Statistical return of the lunatic asylum in Assam - 1912-1932
Year: 1912
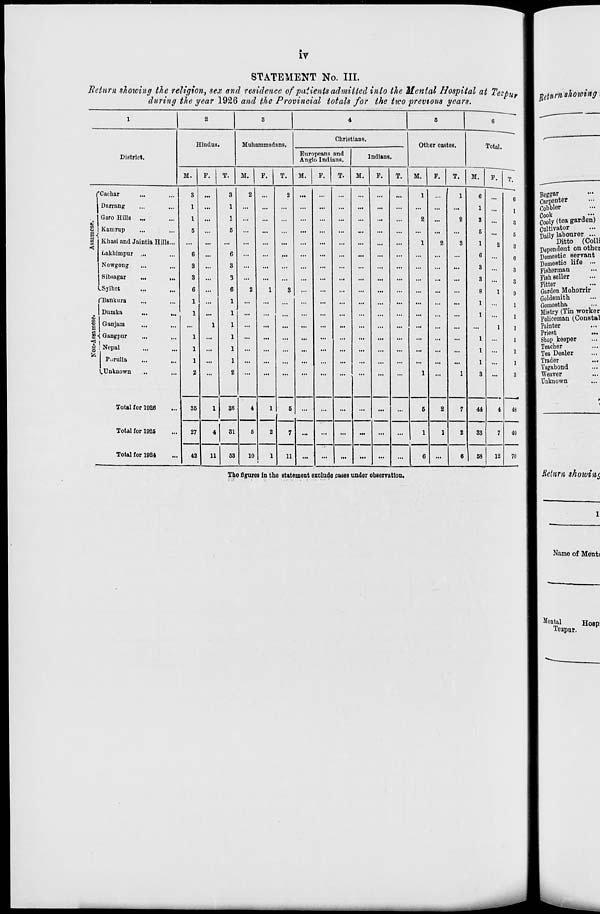
iv
STATEMENT No. III.
Return showing the religion, sex and residence of patients admitted into the Mental Hospital at ?ezpu s
during the year 1926 and the Provincial totals for the tico previous years.
0 U r% showing
1
2
3
4
;
5
e
Y~~"
Christians.
■ '—
Hindus.
Muhammadans.
Other castes.
Total.
T.
\
District.
Europeans and
Anglo Indians.
Indians
M.
F.
T.
M.
P.
T.
M.
P.
T.
M.
P.
T.
M.
F.
T.
M.
F.
■ ■•—*—
fCaehar
3
.,
3
2
2
1
1
6
I Beggar
1
6
II Carpenter
1 Darrang
1
1
...
...
...
...
...
...
...
...
...
...
...
1
El Cobbler
1
. jGaro Hills ...
1
i
...
...
...
...
...
2
2
3
s II Cooly (tea garden)
2 | Kamrup
5
...
5
...
...
...
...
...
...
...
...
...
...
...
...
5
...
5
f| Cultivator
1 Daily I**"" 1 * 6 *":,.
rt Khasi and Jaintia Hills...
1
2
3
1
2
II
Ditto (Colli
<
Lakhimpur ...
Nowgong
Sibsagar
...
...
6
3
3
...
6
3
3
...
...
...
...
...
...
...
...
...
...
...
6
3
3
3
6
3
3
II Dependent on other
II Domestic servant
| Domestic life •»
|| Fisherman
1 Fish seller
| Fitter
ISylhot
6
6
2
1
3
...
...
8
1
g
I| Garden Mohorrir
fBankura
1
...
...
...
...
...
1
1
|l Goldsmith
1 Gomostha
1 Dumka
!
1
I| Mistry (Tin worker
...
...
1
I Policeman (.Constal
|i G an jam
1
...
1
1
I Painter
H ^
I Priest
SHGangpur
1
...
...
...
...
...
...
...
...
...
...
...
...
...
1
...
1
S| Shop keeper
| ! Nepal
1
...
...
...
...
...
...
...
...
...
...
...
...
...
1
...
I
11 Teacher
■1 Tea Dealer
Piirulia
1
1
1
II Trader
■ Vagabond
(.Unknown
2
2
1
1
3
3
■ Weaver
■ Unknown
Total for 1028
85
1
36
4
5
1
2
1
6
7
...
...
...
...
...
...
5
2
7
44
33
4
43
I
Total for 1925
27
4
31
...
...
...
1
1
2
7
40
Total for 1924
42
11
53
10
11
...
... | ...
...
...
...
6
...
6 ] 58
12
70
The figures in the statement exclude cases under observation.
9 Return showing
<
9
Name of Menti
Mental
HoBpi
Teapur.